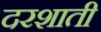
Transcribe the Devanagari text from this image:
दरशाती